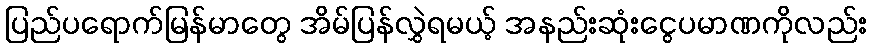
ပြည်ပရောက်မြန်မာတွေ အိမ်ပြန်လွှဲရမယ့် အနည်းဆုံးငွေပမာဏကိုလည်း